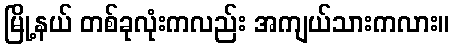
မြို့နယ် တစ်ခုလုံးကလည်း အကျယ်သားကလား။